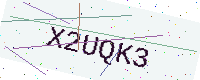
Text: X2UQK3